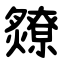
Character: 爒